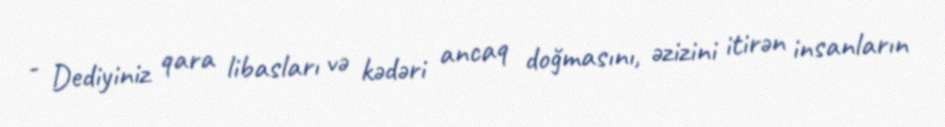
- Dediyiniz qara libasları və kədəri ancaq doğmasını, əzizini itirən insanların